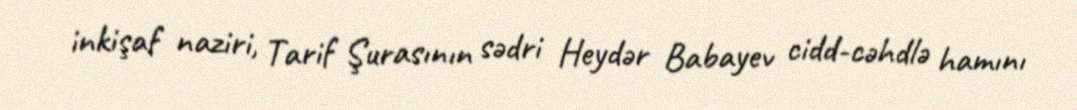
inkişaf naziri, Tarif Şurasının sədri Heydər Babayev cidd-cəhdlə hamını